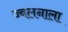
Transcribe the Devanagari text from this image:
ज्वलनाला